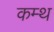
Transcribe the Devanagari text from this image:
कम्थ